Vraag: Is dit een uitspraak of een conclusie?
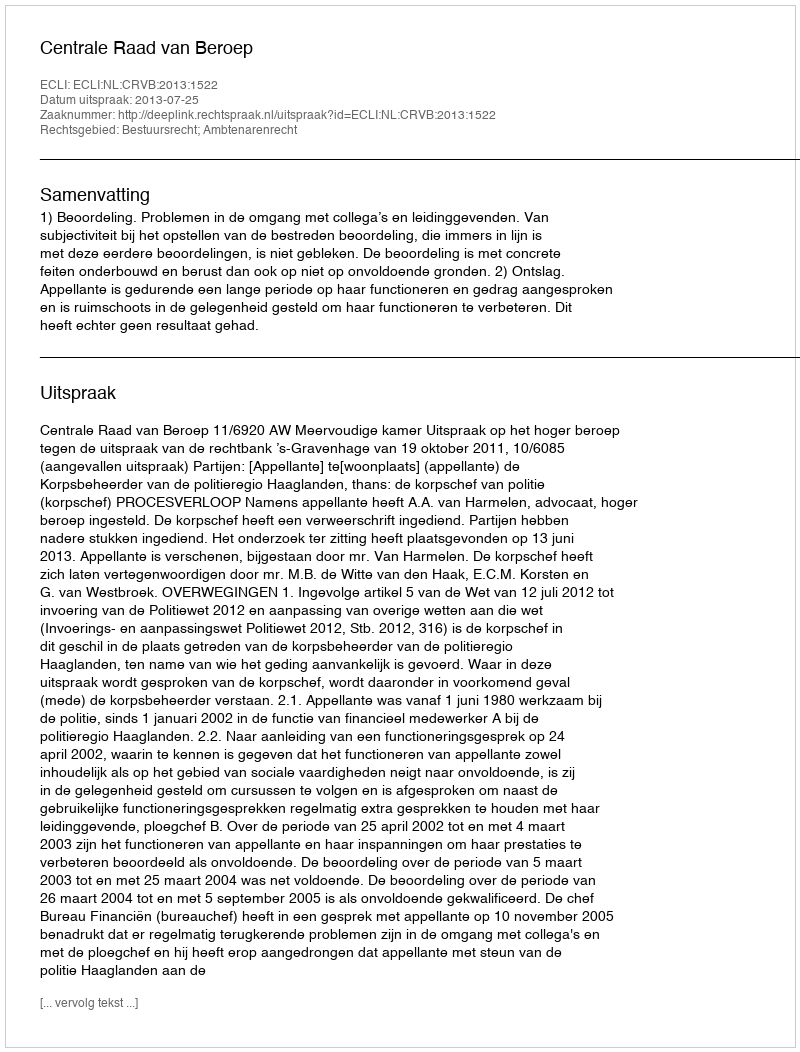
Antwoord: Uitspraak